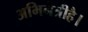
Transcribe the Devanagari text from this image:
अभिनेत्रीहै।